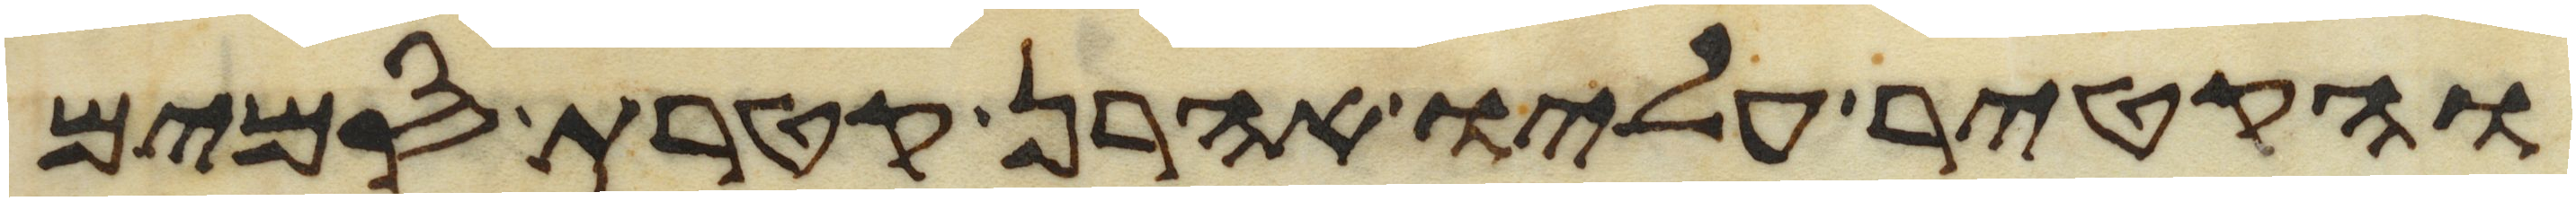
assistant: והקטיר עליו אהרן קטרת סמים